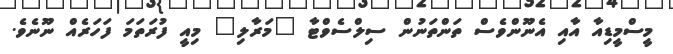
މީސްމީޑިއާ އާއި އެނޫންވެސް ތަންތަނުން ސިލްސެވްޓާ "މަރާލި" މިއީ ފުރަތަމަ ފަހަރެއް ނޫނެވެ.